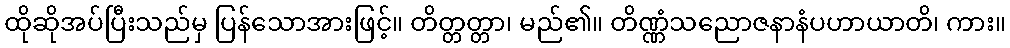
ထိုဆိုအပ်ပြီးသည်မှ ပြန်သောအားဖြင့်။ တိတ္တတ္တာ၊ မည်၏။ တိဏ္ဏံသညောဇနာနံပဟာယာတိ၊ ကား။